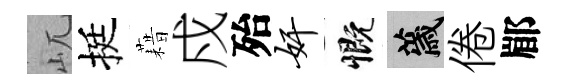
屼挺藉戍殆奸慨薉倦郿